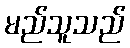
မည်သူသည်